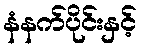
နံနက်ပိုင်းနှင့်